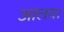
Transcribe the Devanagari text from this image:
आलय।